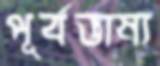
পূর্বভাষ্য